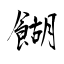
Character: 餬